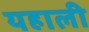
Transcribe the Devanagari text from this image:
यहाली